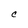
Character: C